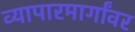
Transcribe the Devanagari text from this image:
व्यापारमार्गांवर